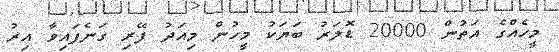
މީހެއްގެ އަތުން 20000 ޑޮލަރު ބަޔަކު މީހުން މިއަދު ފޭރި ގަނެފައިވާ އިރު